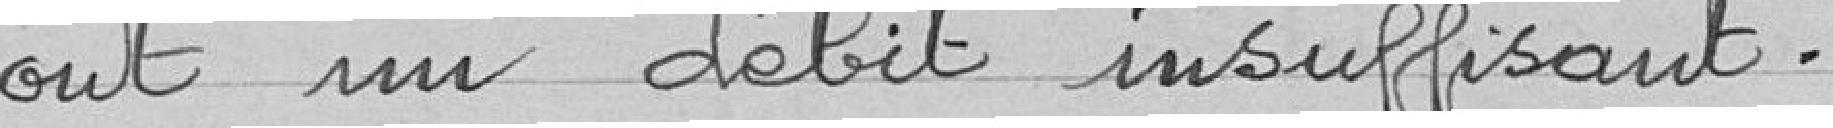
ont un débit insuffisant.